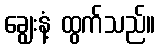
ချွေးနံ့ ထွက်သည်။